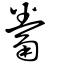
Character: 觠